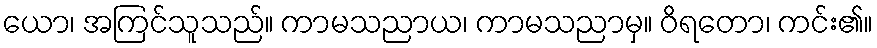
ယော၊ အကြင်သူသည်။ ကာမသညာယ၊ ကာမသညာမှ။ ဝိရတော၊ ကင်း၏။